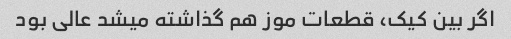
اگر بین کیک، قطعات موز هم گذاشته میشد عالی بود